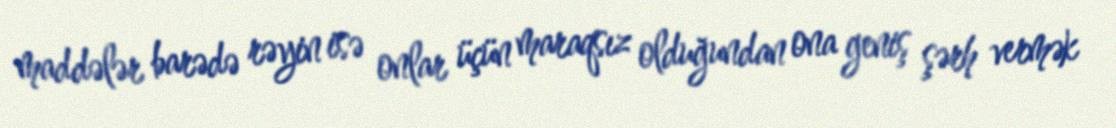
maddələr barədə rəyin isə onlar üçün maraqsız olduğundan ona geniş şərh vermək